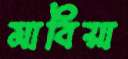
মাবিয়া